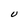
Character: U